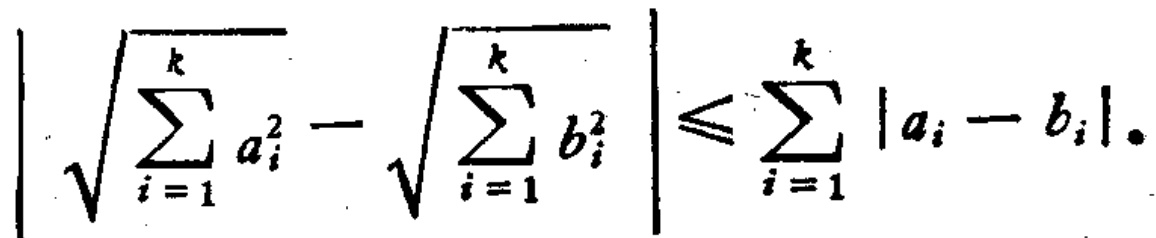
$\left|\sqrt{\sum_{i = 1}^{k} a_{i}^{2}} - \sqrt{\sum_{i = 1}^{k} b_{i}^{2}}\right| \leqslant \sum_{i = 1}^{k} |a_{i} - b_{i}|$